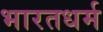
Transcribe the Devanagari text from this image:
भारतधर्म